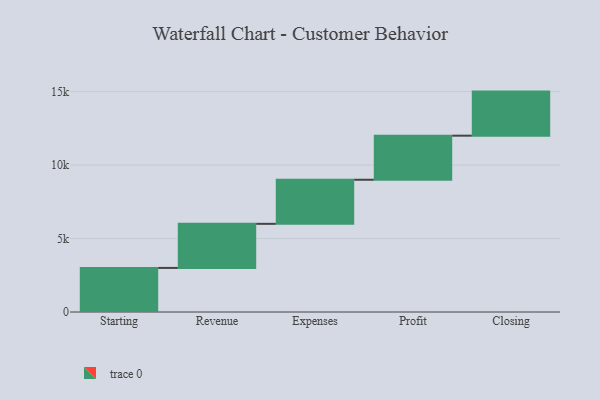
{"axis": {"x": "Step", "y": "Value"}, "legend": [""], "data": [{"x": "Starting", "y": 3000, "type": ""}, {"x": "Revenue", "y": 3000, "type": ""}, {"x": "Expenses", "y": 3000, "type": ""}, {"x": "Profit", "y": 3000, "type": ""}, {"x": "Closing", "y": 3000, "type": ""}]}